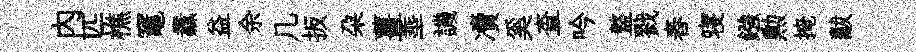
内匹樵竈纛益余几扳朶薑埀譏凟奚查吟盩戮舂寝鏹勲掩黻